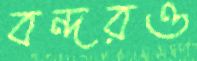
বন্দরও